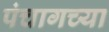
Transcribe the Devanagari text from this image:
पंचागच्या